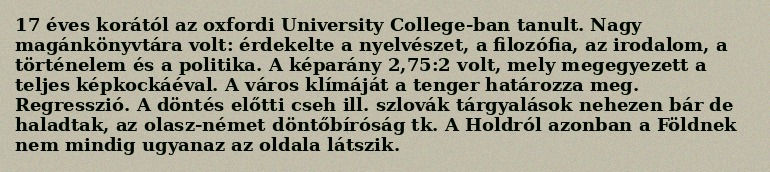
17 éves korától az oxfordi University College-ban tanult. Nagy magánkönyvtára volt: érdekelte a nyelvészet, a filozófia, az irodalom, a történelem és a politika. A képarány 2,75:2 volt, mely megegyezett a teljes képkockáéval. A város klímáját a tenger határozza meg. Regresszió. A döntés előtti cseh ill. szlovák tárgyalások nehezen bár de haladtak, az olasz-német döntőbíróság tk. A Holdról azonban a Földnek nem mindig ugyanaz az oldala látszik.